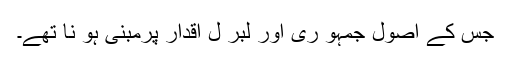
جس کے اصول جمہو ری اور لبر ل اقدار پرمبنی ہو نا تھے۔